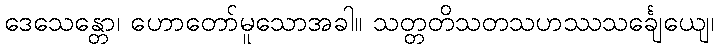
ဒေသေန္တော၊ ဟောတော်မူသောအခါ။ သတ္တတိသတသဟဿသင်္ချေယျေ၊